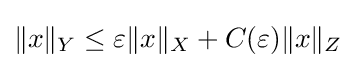
\|x\|_{Y}\leq \varepsilon \|x\|_{X}+C(\varepsilon )\|x\|_{Z}